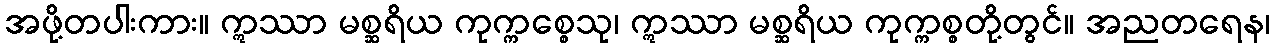
အဖို့တပါးကား။ ဣဿာ မစ္ဆရိယ ကုက္ကစ္စေသု၊ ဣဿာ မစ္ဆရိယ ကုက္ကစ္စတို့တွင်။ အညတရေန၊